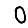
Digit: 0